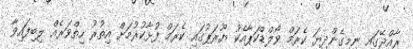
ރާއްޖޭގައި ނިމިގެންދިޔަ ކެރަމް ވޯލްޑްކަޕާއެކު ޔޫރަޕުގައި ކެރަމް ފުޅާކުރުމަށް އިތުރު ހިތްވަރެއް ލިބިފައިވާ